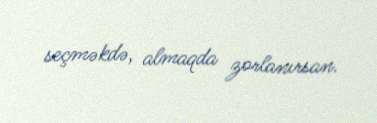
seçməkdə, almaqda zorlanırsan.